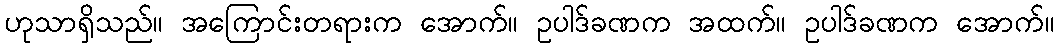
ဟုသာရှိသည်။ အကြောင်းတရားက အောက်။ ဥပါဒ်ခဏက အထက်။ ဥပါဒ်ခဏက အောက်။